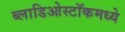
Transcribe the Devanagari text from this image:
ब्लाडिओस्टॉकमध्ये